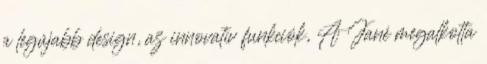
a legújabb design, az innovatív funkciók, A Jané megalkotta